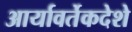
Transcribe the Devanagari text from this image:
आर्यावर्तेकदेशे